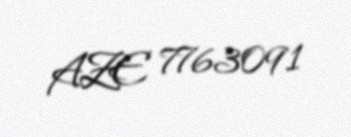
AZE 7763091